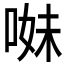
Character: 𠵈